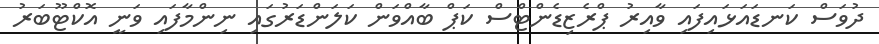
ދުވަސް ކަނޑައަޅައިފައި ވާއިރު ޕްރެޒިޑެންޓްސް ކަޕް ބާއްވަން ކަލަންޑަރުގައި ނިންމާފައި ވަނީ އޮކްޓޫބަރު